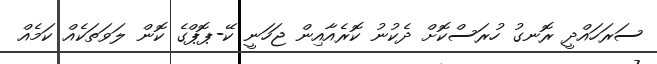
ސަރަހައްދީ ރޮނގު ހުރަސްކޮށް ދެކުނު ކޮރެއާއިން ޖަހަނީ ކޭ-ޕޮޕްގެ ކޮން ލަވަތަކެއް ކަމެއް